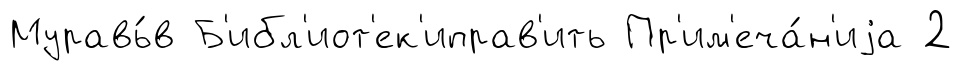
Муравь́в Б'ибл'иот'ек'иправ'ить Пр'им'еча́н'иjа 2